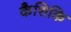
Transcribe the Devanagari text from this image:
कैशिकि